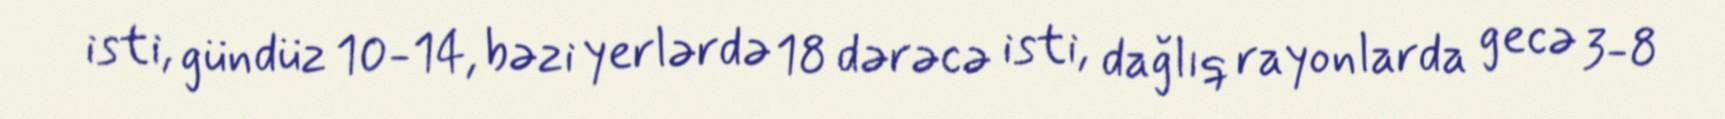
isti, gündüz 10-14, bəzi yerlərdə 18 dərəcə isti, dağlıq rayonlarda gecə 3-8